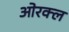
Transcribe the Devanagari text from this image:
ओरक्ल